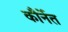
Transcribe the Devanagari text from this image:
कौर्नेत